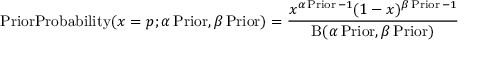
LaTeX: { \operatorname { P r i o r P r o b a b i l i t y } } ( x = p ; \alpha \operatorname { P r i o r } , \beta \operatorname { P r i o r } ) = { \frac { x ^ { \alpha \operatorname { P r i o r } - 1 } ( 1 - x ) ^ { \beta \operatorname { P r i o r } - 1 } } { \mathrm { B } ( \alpha \operatorname { P r i o r } , \beta \operatorname { P r i o r } ) } }